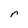
Character: r